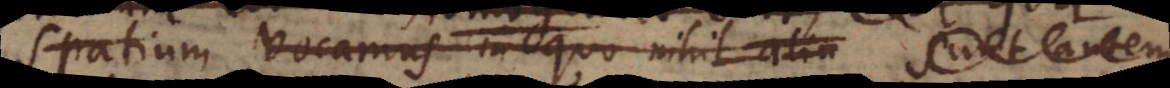
Spatium vocamus in quo nihil aliu Sunt